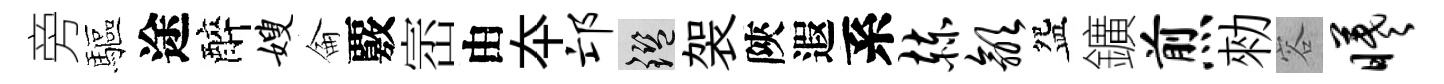
旁驅途醉嫂侖覈崈由夲邙鑒袈陝遐系赫歙盌鑛煎勑容曦